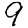
Digit: 9